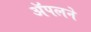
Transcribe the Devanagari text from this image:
ॲपलने